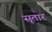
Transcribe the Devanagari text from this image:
सूतार